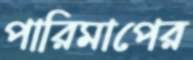
পারিমাপের